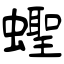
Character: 蟶